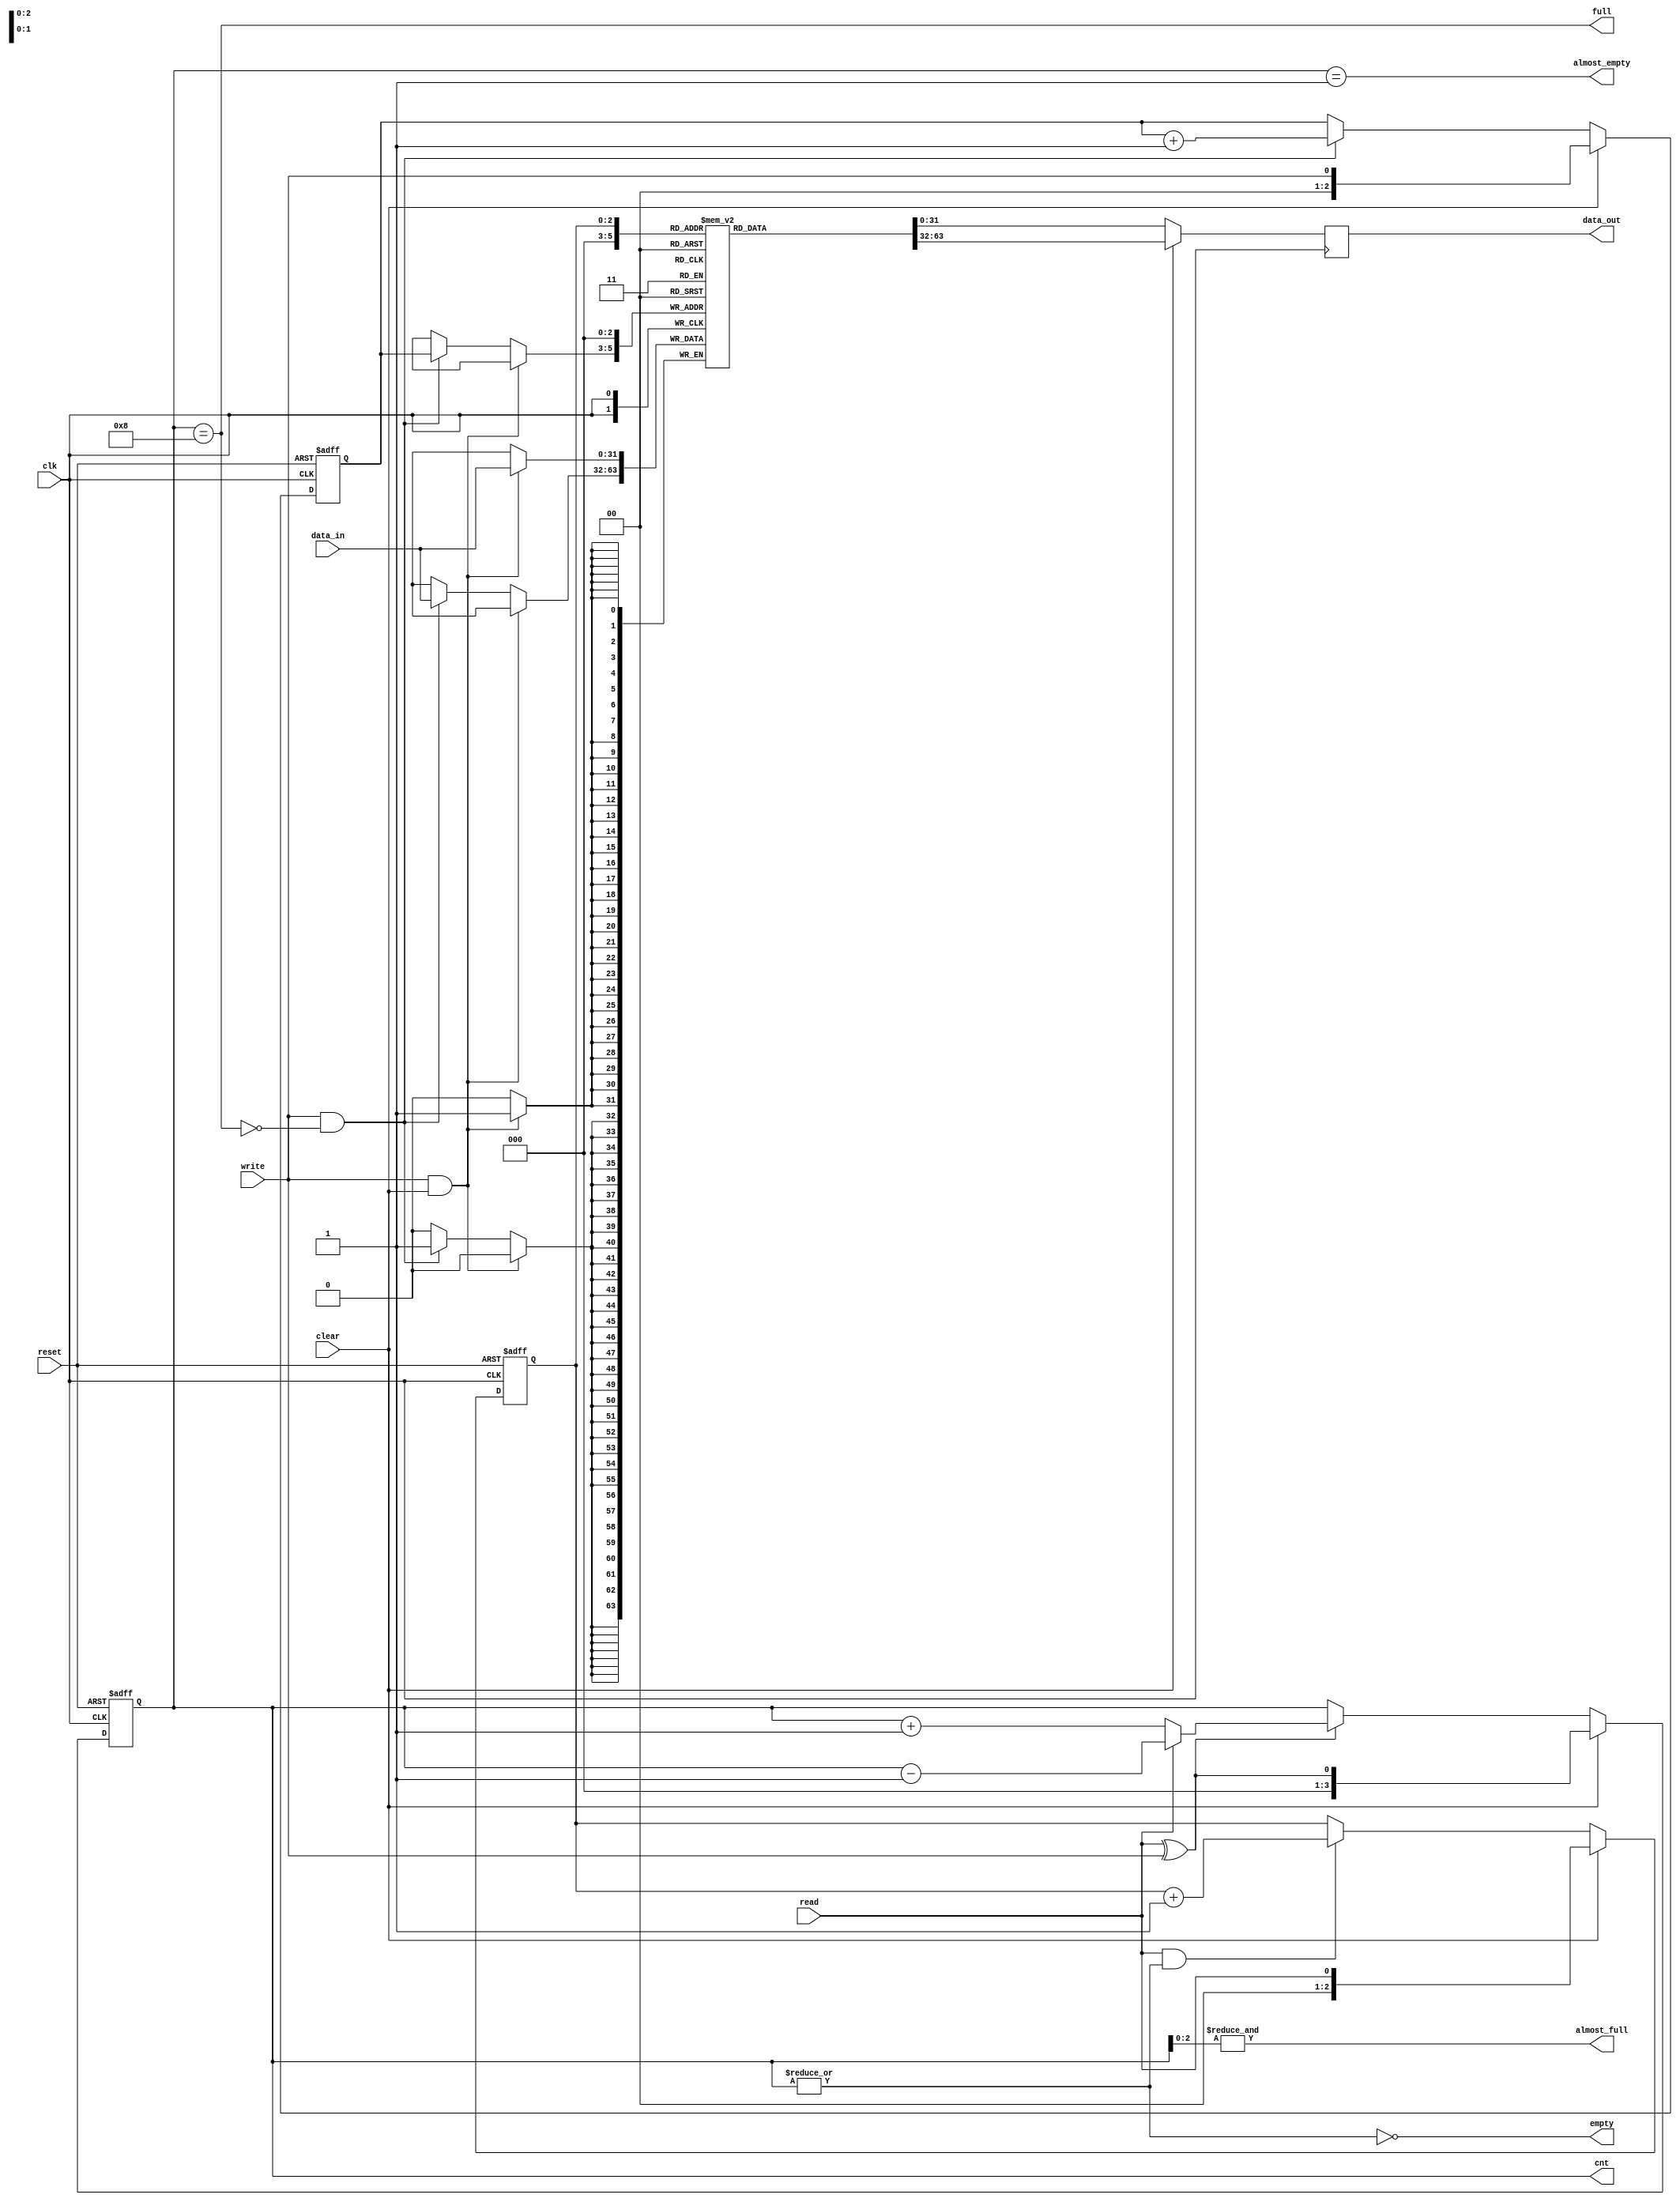
module eth_fifo (data_in, data_out, clk, reset, write, read, clear, almost_full, full, almost_empty, empty, cnt);

parameter DATA_WIDTH    = 32;
parameter DEPTH         = 8;
parameter CNT_WIDTH     = 4;

parameter Tp            = 1;

input                     clk;
input                     reset;
input                     write;
input                     read;
input                     clear;
input   [DATA_WIDTH-1:0]  data_in;

output  [DATA_WIDTH-1:0]  data_out;
output                    almost_full;
output                    full;
output                    almost_empty;
output                    empty;
output  [CNT_WIDTH-1:0]   cnt;

`ifdef ETH_FIFO_XILINX
`else
  `ifdef ETH_ALTERA_ALTSYNCRAM
  `else
    reg     [DATA_WIDTH-1:0]  fifo  [0:DEPTH-1];
    reg     [DATA_WIDTH-1:0]  data_out;
  `endif
`endif

reg     [CNT_WIDTH-1:0]   cnt;
reg     [CNT_WIDTH-2:0]   read_pointer;
reg     [CNT_WIDTH-2:0]   write_pointer;


always @ (posedge clk or posedge reset)
begin
  if(reset)
    cnt <=#Tp 0;
  else
  if(clear)
    cnt <=#Tp { {(CNT_WIDTH-1){1'b0}}, read^write};
  else
  if(read ^ write)
    if(read)
      cnt <=#Tp cnt - 1'b1;
    else
      cnt <=#Tp cnt + 1'b1;
end

always @ (posedge clk or posedge reset)
begin
  if(reset)
    read_pointer <=#Tp 0;
  else
  if(clear)
    read_pointer <=#Tp { {(CNT_WIDTH-2){1'b0}}, read};
  else
  if(read & ~empty)
    read_pointer <=#Tp read_pointer + 1'b1;
end

always @ (posedge clk or posedge reset)
begin
  if(reset)
    write_pointer <=#Tp 0;
  else
  if(clear)
    write_pointer <=#Tp { {(CNT_WIDTH-2){1'b0}}, write};
  else
  if(write & ~full)
    write_pointer <=#Tp write_pointer + 1'b1;
end

assign empty = ~(|cnt);
assign almost_empty = cnt == 1;
assign full  = cnt == DEPTH;
assign almost_full  = &cnt[CNT_WIDTH-2:0];



`ifdef ETH_FIFO_XILINX
  xilinx_dist_ram_16x32 fifo
  ( .data_out(data_out), 
    .we(write & ~full),
    .data_in(data_in),
    .read_address( clear ? {CNT_WIDTH-1{1'b0}} : read_pointer),
    .write_address(clear ? {CNT_WIDTH-1{1'b0}} : write_pointer),
    .wclk(clk)
  );
`else   // !ETH_FIFO_XILINX
`ifdef ETH_ALTERA_ALTSYNCRAM
  altera_dpram_16x32	altera_dpram_16x32_inst
  (
  	.data             (data_in),
  	.wren             (write & ~full),
  	.wraddress        (clear ? {CNT_WIDTH-1{1'b0}} : write_pointer),
  	.rdaddress        (clear ? {CNT_WIDTH-1{1'b0}} : read_pointer ),
  	.clock            (clk),
  	.q                (data_out)
  );  //exemplar attribute altera_dpram_16x32_inst NOOPT TRUE
`else   // !ETH_ALTERA_ALTSYNCRAM
  always @ (posedge clk)
  begin
    if(write & clear)
      fifo[0] <=#Tp data_in;
    else
   if(write & ~full)
      fifo[write_pointer] <=#Tp data_in;
  end
  

  always @ (posedge clk)
  begin
    if(clear)
      data_out <=#Tp fifo[0];
    else
      data_out <=#Tp fifo[read_pointer];
  end
`endif  // !ETH_ALTERA_ALTSYNCRAM
`endif  // !ETH_FIFO_XILINX


endmodule